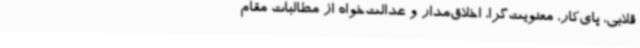
قلابی، پای‌کار، معنویت‌گرا، اخلاق‌مدار و عدالت‌خواه از مطالبات مقام